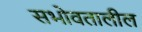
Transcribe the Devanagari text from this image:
सभोवतालील